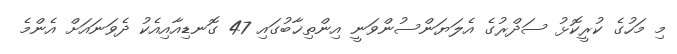
މި މަހުގެ ކުރީކޮޅު ސަދްރުގެ އެލަޔަންސުންވަނީ އިންތިޚާބުގައި 47 ގޮނޑިއާއިއެކު ދެވަނައަށް އެންމެ